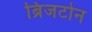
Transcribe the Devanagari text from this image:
ब्रिजटोन